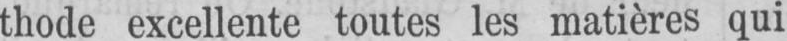
thode excellente toutes les matières qui